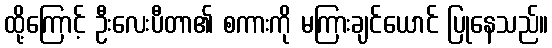
ထို့ကြောင့် ဦးလေးပီတာ၏ စကားကို မကြားချင်ယောင် ပြုနေသည်။